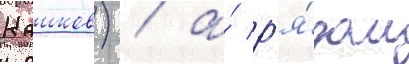
Кашков) / а́ р'я́дом